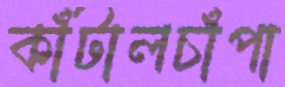
কাঁটালচাঁপা